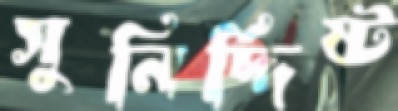
সুনির্দ্দিষ্ট